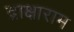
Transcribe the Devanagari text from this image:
द्राक्षाराम